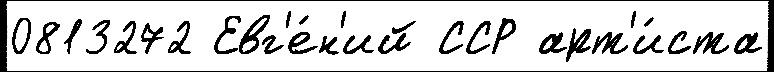
0813272 Евг'е́н'ий ССР арт'и́ста